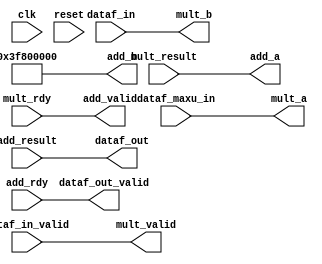

`timescale 1ps / 1ps
//================================================================================ 
//--------------------------------------------------------------------------------
// Project Name   : maxuhp1
// Target Devices : XC7A200T-1FFG676
// Tool versions  : ISE 14.7 (64-bit)
//--------------------------------------------------------------------------------
// Description    : x=1.m*2^n,so log(x)=log(1.m*2^n)=log(1.m)+log(2^n)=log(1.m)+n*log(2)
//                  y=(1-1.m)/(1+1.m),1.m=(1-y)/(1+y)
//--------------------------------------------------------------------------------
// Revision: 
// Revision 0.01 - File Created
// Additional Comments: 
//================================================================================ 

// =============================================================================
// RTL Header
// =============================================================================
module maxuhp1
#(
  parameter  C_DATA_WIDTH  = 32
)
(
  //system signal
  input  wire                    clk  , //
  input  wire                    reset, //
  //data input
  input  wire                    dataf_in_valid , 
  input  wire [C_DATA_WIDTH-1:0] dataf_in       ,
  input  wire [C_DATA_WIDTH-1:0] dataf_maxu_in  ,
  //data output
  output wire                    dataf_out_valid, 
  output wire [C_DATA_WIDTH-1:0] dataf_out      ,
  //add
  output wire [C_DATA_WIDTH-1:0] add_a      ,
  output wire [C_DATA_WIDTH-1:0] add_b      ,
	output wire                    add_valid  ,
	input  wire [C_DATA_WIDTH-1:0] add_result ,
	input  wire                    add_rdy    ,
	//mult
  output wire [C_DATA_WIDTH-1:0] mult_a     ,
  output wire [C_DATA_WIDTH-1:0] mult_b     ,
	output wire                    mult_valid ,
	input  wire [C_DATA_WIDTH-1:0] mult_result,
	input  wire                    mult_rdy
);
	
	// =============================================================================
	// Internal signal
	// =============================================================================
	
	
	
	// =============================================================================
	// RTL Body
	// =============================================================================
	assign mult_a     = dataf_maxu_in;
	assign mult_b     = dataf_in     ;
	assign mult_valid = dataf_in_valid;
	
	assign add_a      = mult_result ;
	assign add_b      = 32'h3F800000;
	assign add_valid  = mult_rdy;
	
	assign dataf_out_valid = add_rdy   ;
	assign dataf_out       = add_result;
	
endmodule